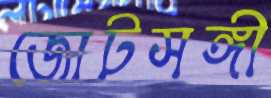
জোটসঙ্গী